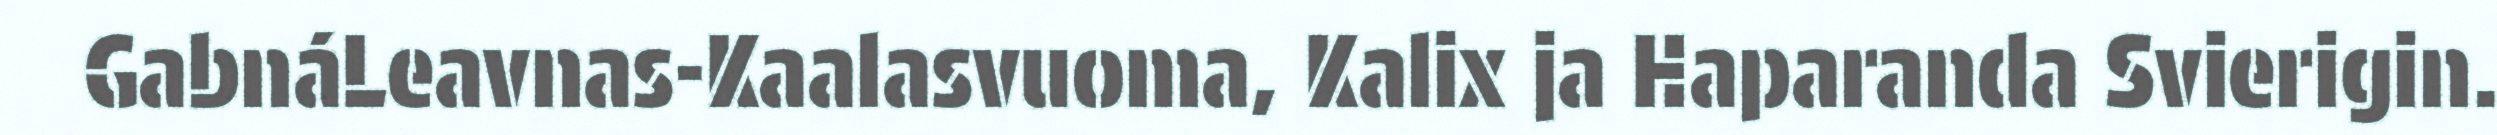
GabnáLeavnas-Kaalasvuoma, Kalix ja Haparanda Svierigin.